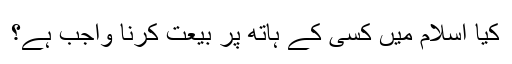
کیا اسلام میں کسی کے ہاتھ پر بیعت کرنا واجب ہے؟